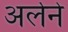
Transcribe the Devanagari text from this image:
अर्लेने